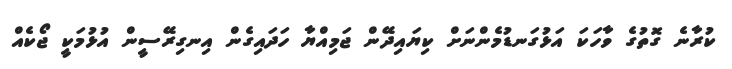
ކުރާނެ ގޮތުގެ ވާހަކަ އަޅުގަނޑުމެންނަށް ކިޔައިދޭން ޖަމިއްޔާ ހަދައިގެން އިނގިރޭސީން އުޅުމަކީ ޖޯކެއް